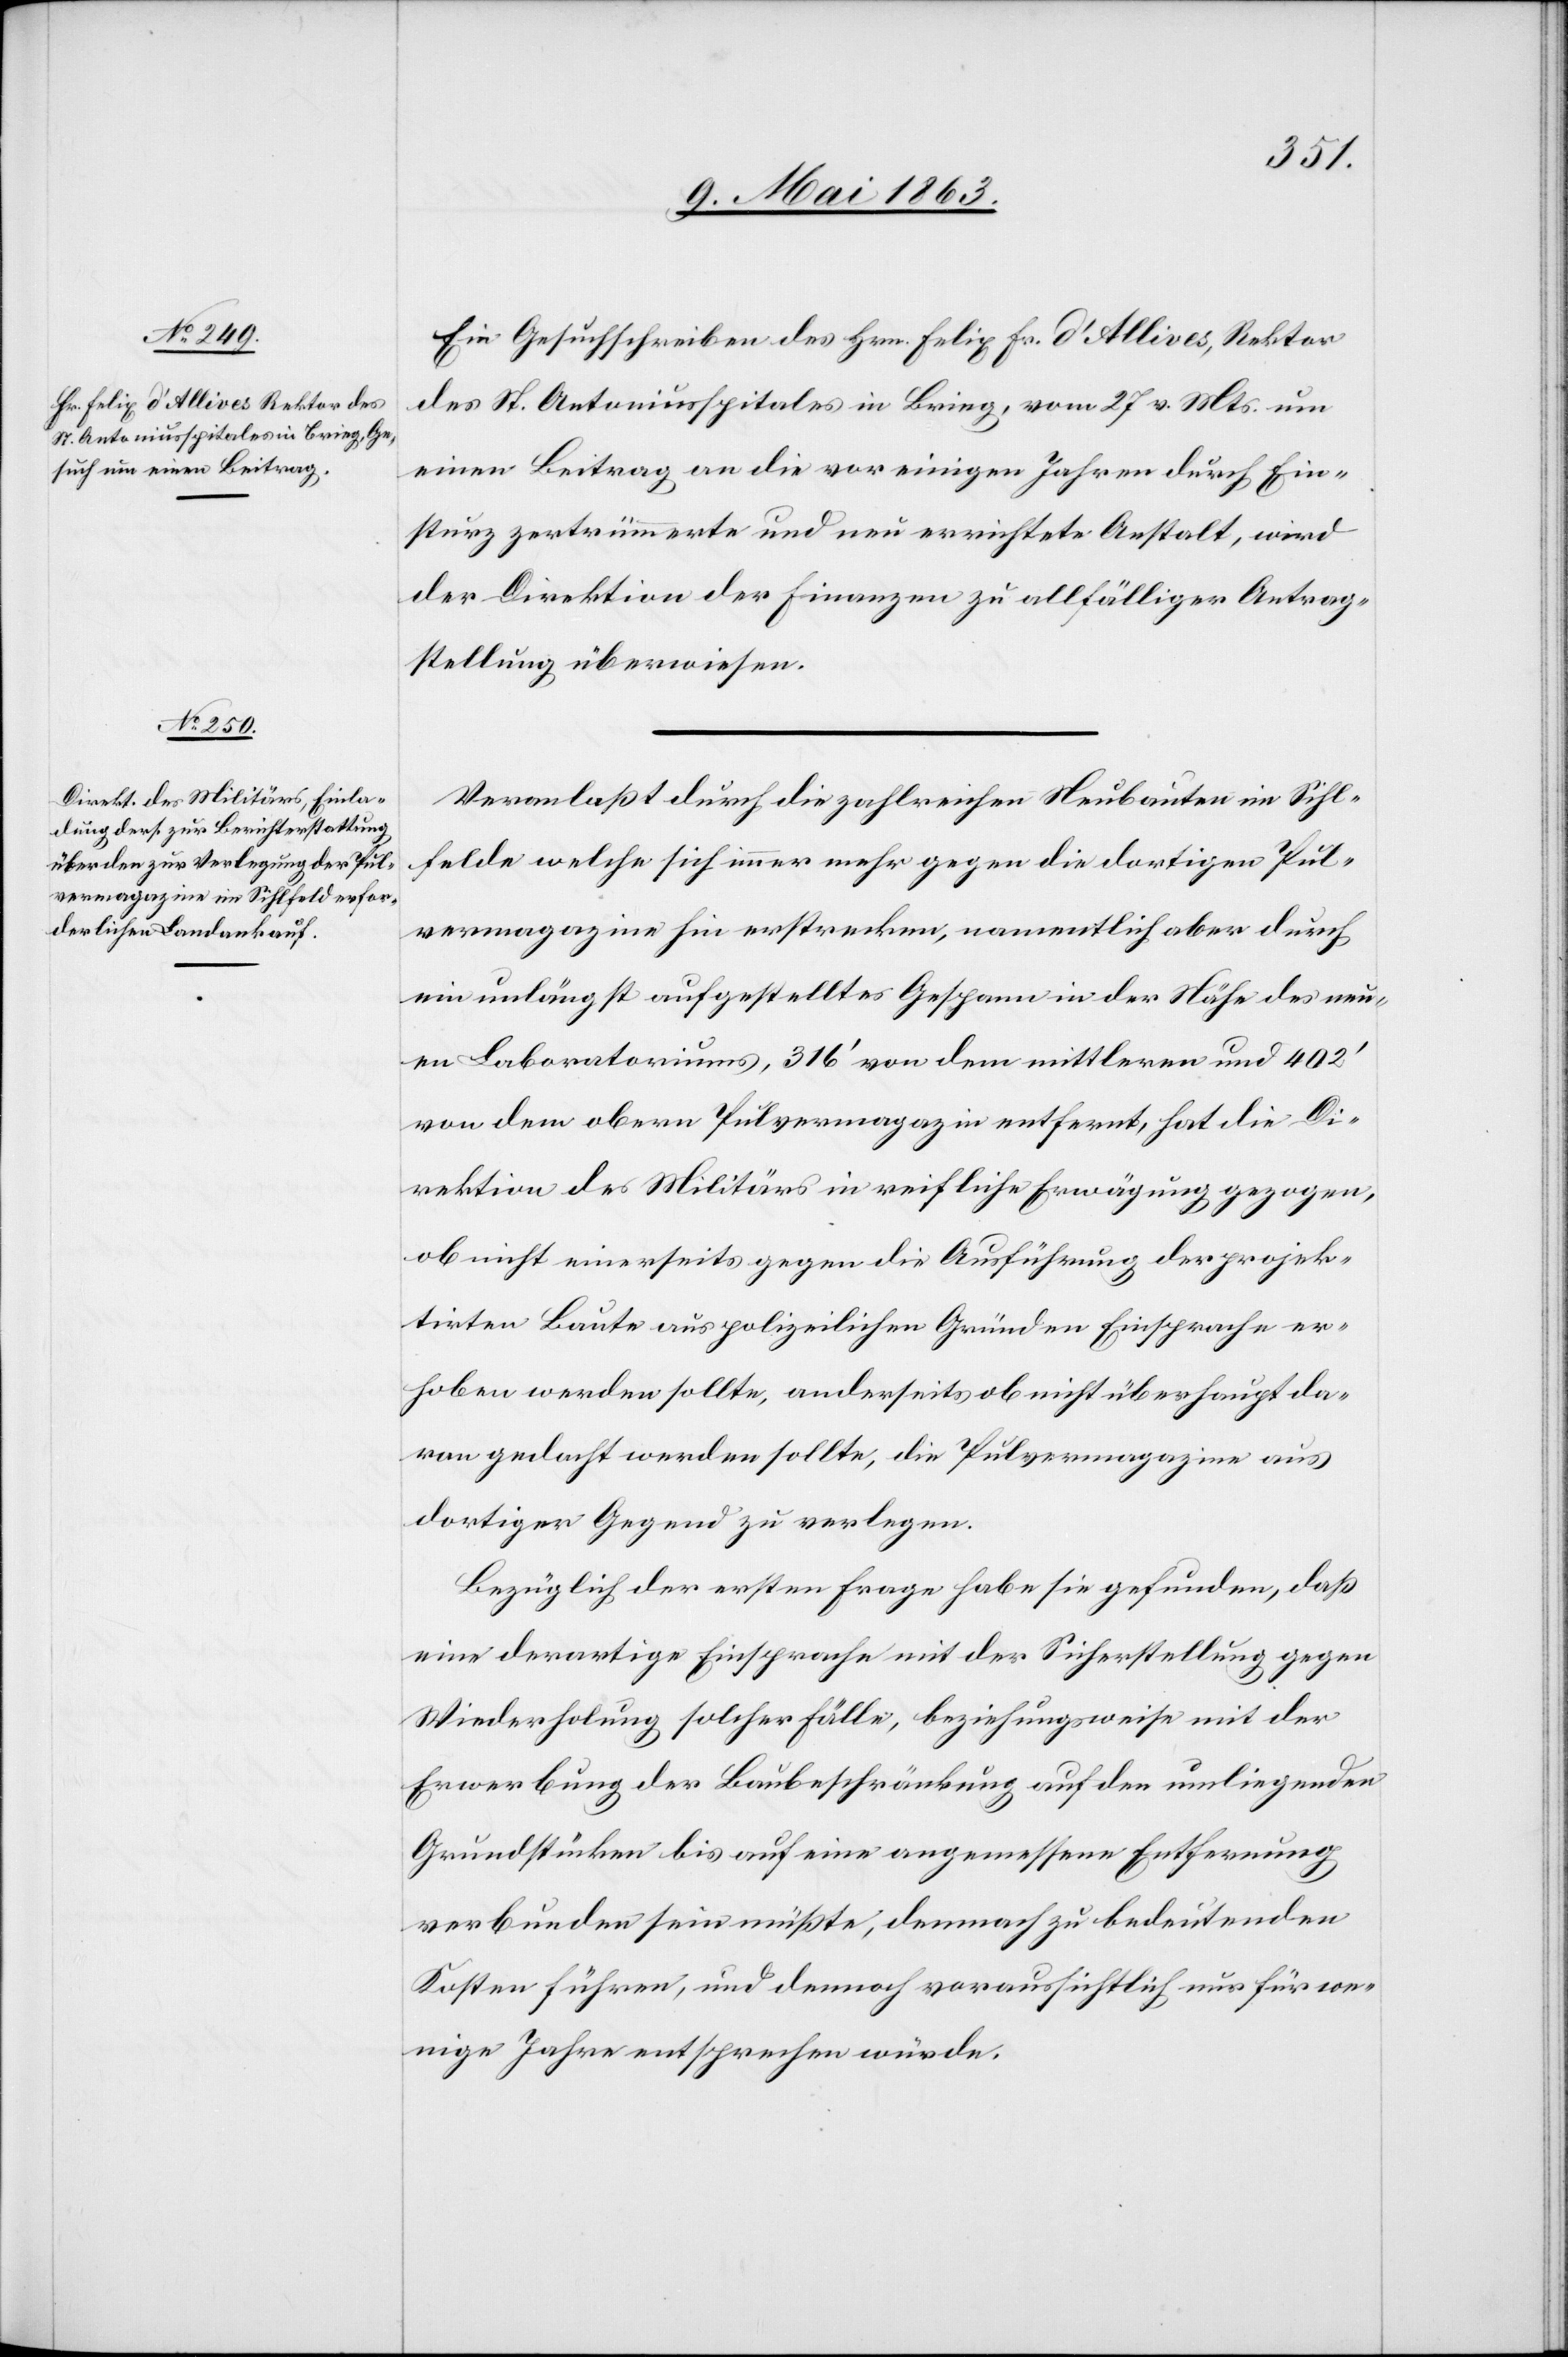
Ein Gesuchschreiben des Hrn. Felix Fr. d'Allives, Rektor
des St. Antoniusspitales in Brieg, vom 27. v. Mts. um
einen Beitrag an die vor einigen Jahren durch Ein¬
sturz zertrümmerte und neu errichtete Anstalt, wird
der Direktion der Finanzen zu allfälliger Antrag¬
stellung überwiesen.
Veranlaßt durch die zahlreichen Neubauten im Sihl¬
felde welche sich immer mehr gegen die dortigen Pul¬
vermagazine hin erstrecken, namentlich aber durch
ein unlängst aufgestelltes Gespann in der Nähe des neu¬
en Laboratoriums, 316' von dem mittleren und 402'
von dem obern Pulvermagazin entfernt, hat die Di¬
rektion des Militärs in reifliche Erwägung gezogen,
ob nicht einerseits gegen die Ausführung der projek¬
tirten Baute aus polizeilichen Gründen Einsprache er¬
hoben werden sollte, anderseits ob nicht überhaupt da¬
ran gedacht werden sollte, die Pulvermagazine aus
dortiger Gegend zu verlegen.
Bezüglich der ersten Frage habe sie gefunden, daß
eine derartige Einsprache mit der Sicherstellung gegen
Wiederholung solcher Fälle, beziehungswese mit der
Erwerbung der Baubeschränkung auf den umliegenden
Grundstücken bis auf eine angemessene Entfernung
verbunden sein müßte, demnach zu bedeutenden
Kosten führen, und dennoch voraussichtlich nur für we¬
nige Jahre entsprechen würde.